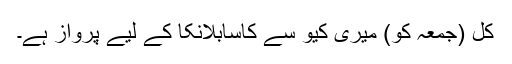
کل (جمعہ کو) میری کیو سے کاسابلانکا کے لیے پرواز ہے۔